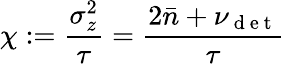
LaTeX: \chi:=\frac{\sigma_{z}^{2}}{\tau}=\frac{2\bar{n}+\nu_{\mathrm{~d~e~t~}}}{\tau}